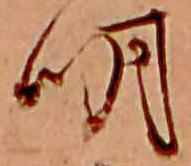
明